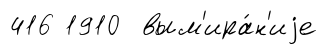
416 1910 вым'ира́н'иjе